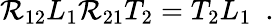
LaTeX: \mathcal{R}_{12}L_{1}\mathcal{R}_{21}T_{2}=T_{2}L_{1}~~.